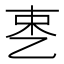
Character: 𬼥